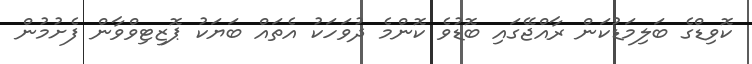
ކޮވިޑްގެ ބަލިމަޑުކަން ރާއްޖޭގައި ބޮޑުވެ ކޮންމެ ދުވަހަކު އެތައް ބަޔަކު ޕޮޒިޓިވްވާން ފެށުމުން